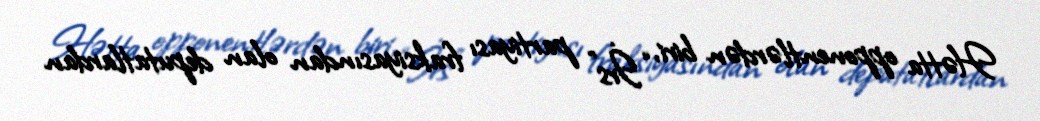
Hətta opponentlərdən biri, “İrs” partiyası fraksiyasından olan deputatlardan